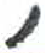
אות: ,